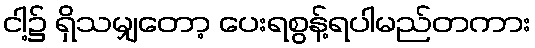
ငါ့၌ ရှိသမျှတော့ ပေးရစွန့်ရပါမည်တကား